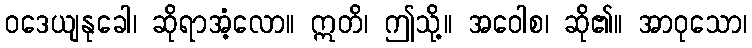
ဝဒေယျနုခေါ၊ ဆိုရာအံ့လော။ ဣတိ၊ ဤသို့။ အဝေါစ၊ ဆို၏။ အာဝုသော၊